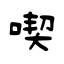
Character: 喫